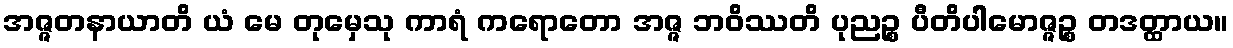
အဇ္ဇတနာယာတိ ယံ မေ တုမှေသု ကာရံ ကရောတော အဇ္ဇ ဘဝိဿတိ ပုညဉ္စ ပီတိပါမောဇ္ဇဉ္စ တဒတ္ထာယ။